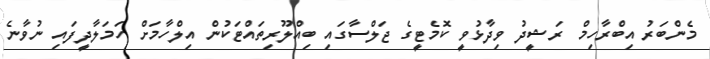
މެންބަރު އިބްރާހިމް ރަޝީދު ވިދާޅުވީ ކޮމެޓީގެ ޖަލްސާގައި ބިއްލޫރިތައްޓަކުން އިލްހާމަށް ހަމަލާދީފައި ނުވާނެ